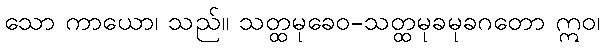
သော ကာယော၊ သည်။ သတ္ထမုခေဝ-သတ္ထမုခမုခဂတော ဣဝ၊